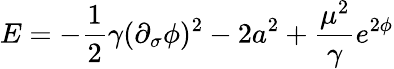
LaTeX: E=-\frac{1}2{\gamma}(\partial_{\sigma}\phi)^{2}-2a^{2}+\frac{\mu^{2}}{\gamma}e^{2\phi}